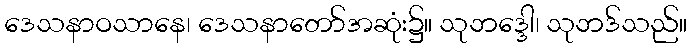
ဒေသနာဝသာနေ၊ ဒေသနာတော်အဆုံး၌။ သုဘဒ္ဒေါ၊ သုဘဒ်သည်။